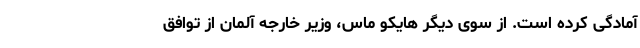
آمادگی کرده است. از سوی دیگر هایکو ماس، وزیر خارجه آلمان از توافق